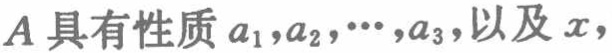
$A具有性质a_{1},a_{2},\cdots,a_{3},以及x,$